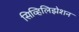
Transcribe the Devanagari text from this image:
सिव्हिलिझेशन